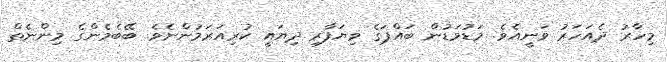
މިހާރު ދެއަހަރު ވަނީއެވެ. މަޑުމަޑުން ބައްޕަގެ ވިޔަފާރި ދިޔައީ ކުރިއަރަމުންނެވެ. ބޭބެމެންގެ މިންނެތް